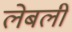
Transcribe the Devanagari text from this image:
लेबली